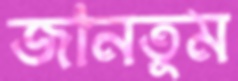
জানতুম